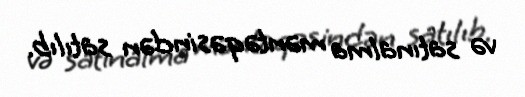
və satınalma məntəqəsindən satılıb.